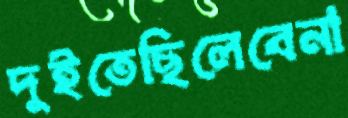
দুইতেছিলেবেনা